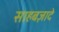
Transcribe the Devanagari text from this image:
साहबज़ादे